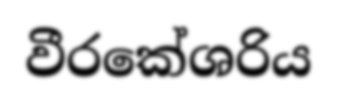
වීරකේශරිය